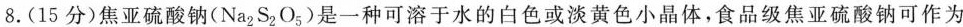
8.(15分)焦亚硫酸钠(Na_{2}S_{2}O_{5})是一种可溶于水的白色或淡黄色小晶体，食品级焦亚硫酸钠可作为